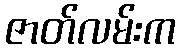
ဇာတ်လမ်းက